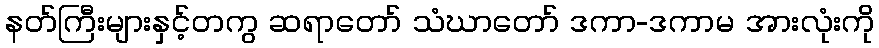
နတ်ကြီးများနှင့်တကွ ဆရာတော် သံဃာတော် ဒကာ-ဒကာမ အားလုံးကို